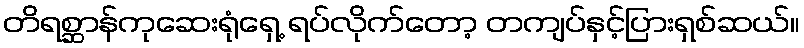
တိရစ္ဆာန်ကုဆေးရုံရှေ့ ရပ်လိုက်တော့ တကျပ်နှင့်ပြားရှစ်ဆယ်။